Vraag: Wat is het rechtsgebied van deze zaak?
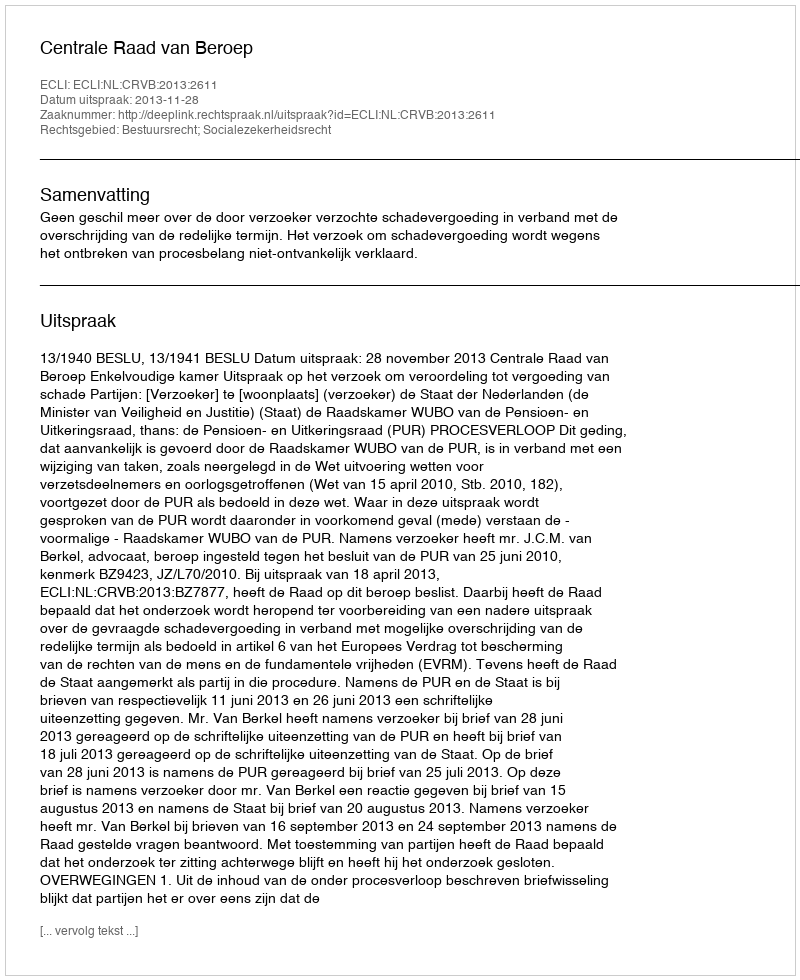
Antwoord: Bestuursrecht; Socialezekerheidsrecht